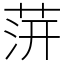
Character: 䓑